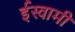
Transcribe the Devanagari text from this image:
ईस्वामी